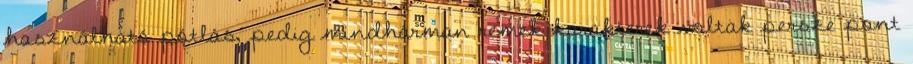
használható pótlás, pedig mindhárman remek karakterek voltak persze pont